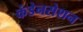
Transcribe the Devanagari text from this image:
कंडेनसेशन